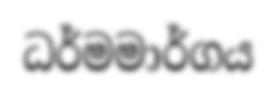
ධර්මමාර්ගය